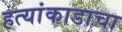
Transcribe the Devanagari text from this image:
हत्यांकाडाचा